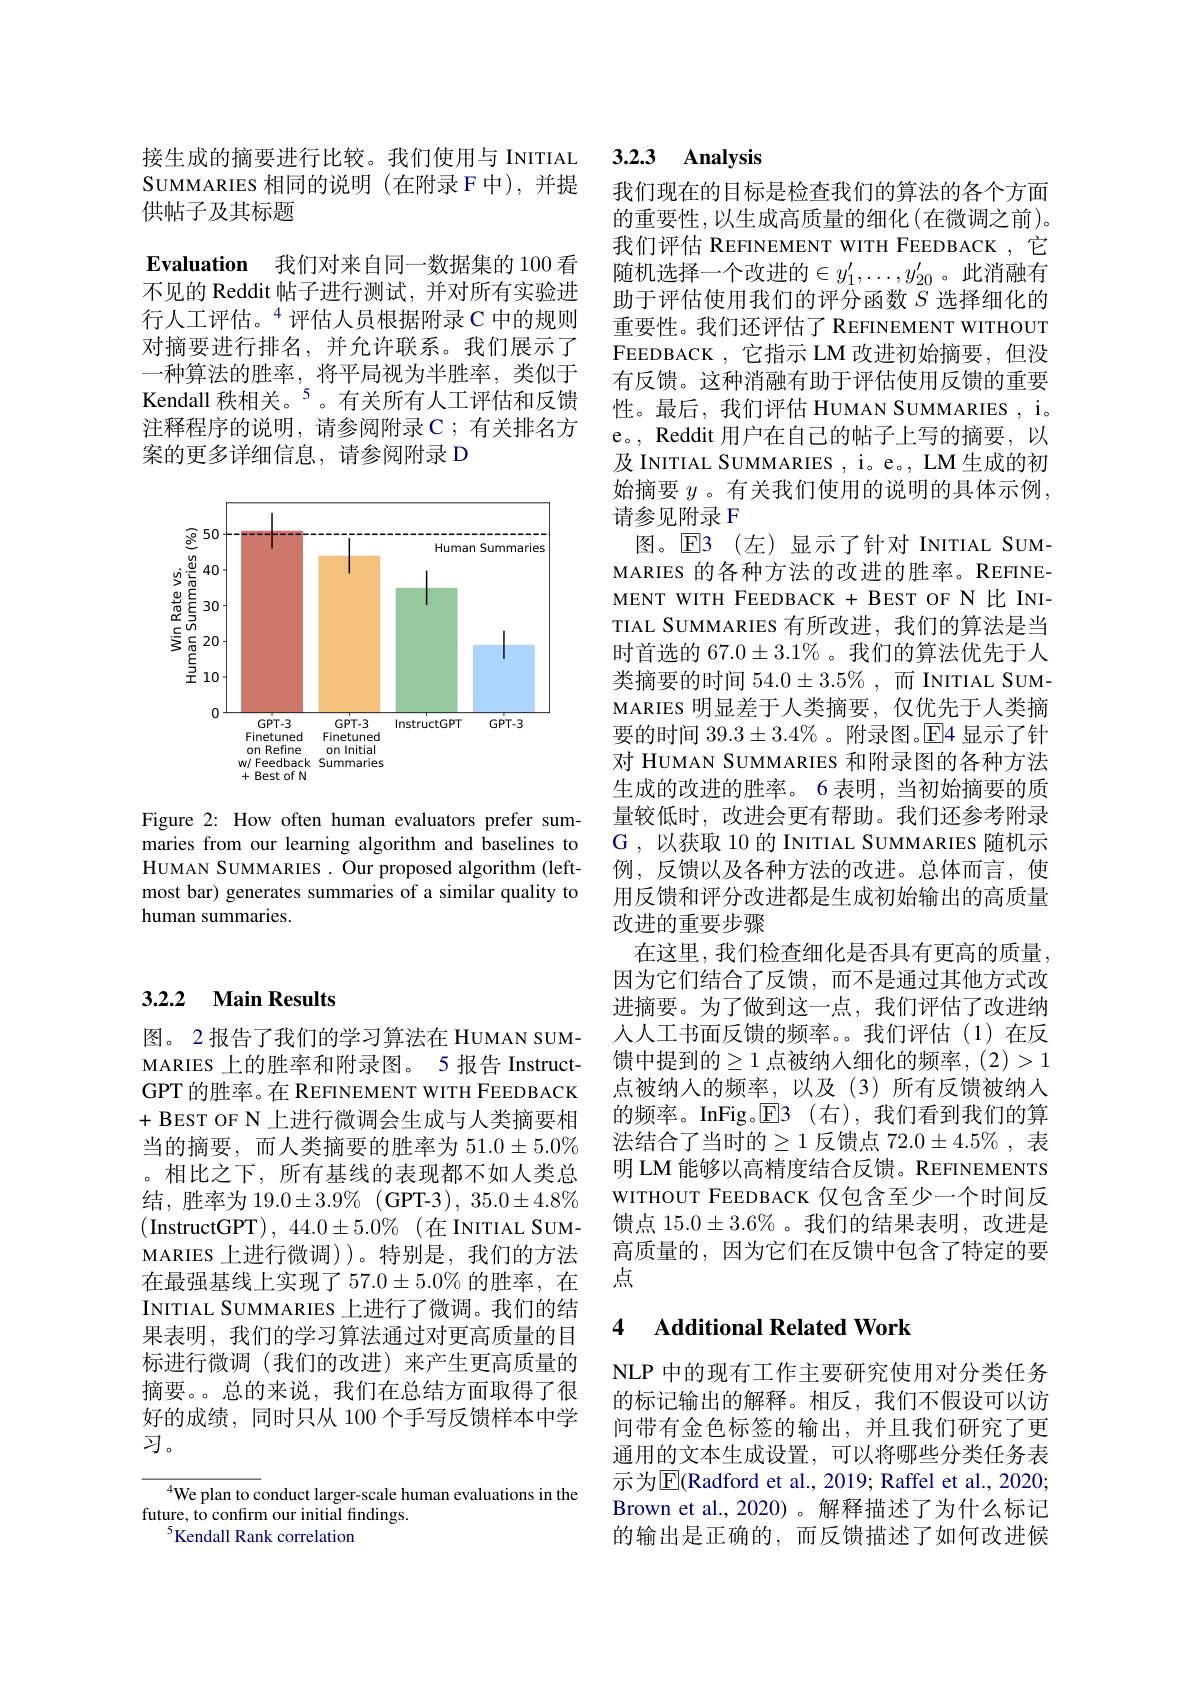
## 3.2.2 Main Results

图。2 报告了我们的学习算法在 HUMAN SUMMARIES 上的胜率和附录图。5 报告 InstructGPT 的胜率。在 REFINEMENT WITH FEEDBACK +BEST OF N 上进行微调会生成与人类摘要相当的摘要，而人类摘要的胜率为 5$1.0\pm5.0\%$ 。相比之下，所有基线的表现都不如人类总结，胜率为 19.0±3.9% ( GPT-3), 35.0±4.8% (InstructGPT),44.0±5.0%(在INITIAL SUMMARIES 上进行微调))。特别是，我们的方法在最强基线上实现了 57.0±5.0% 的胜率，在INITIAL SUMMARIES 上进行了微调。我们的结果表明，我们的学习算法通过对更高质量的目标进行微调(我们的改进)来产生更高质量的摘要。总的来说，我们在总结方面取得了很好的成绩，同时只从 100 个手写反馈样本中学习。

$^{4}$We plan to conduct larger-scale human evaluations in the
future, to confirm our initial findings.
$^{5}$Kendall Rank correlation

接生成的摘要进行比较。我们使用与 INITIAL SUMMARIES 相同的说明(在附录 F中),并提供帖子及其标题
Evaluation 我们对来自同一数据集的 100 看不见的 Reddit 帖子进行测试，并对所有实验进行人工评估。$^{4}$评估人员根据附录 C 中的规则对摘要进行排名，并允许联系。我们展示了一种算法的胜率，将平局视为半胜率，类似于Kendall 秩相关。$^{5}$。有关所有人工评估和反馈注释程序的说明，请参阅附录C；有关排名方案的更多详细信息，请参阅附录 D

<FigureHere>

Figure 2: How often human evaluators prefer summaries from our learning algorithm and baselines to HUMAN SUMMARIES . Our proposed algorithm (leftmost bar) generates summaries of a similar quality to human summaries.

# 3.2.3 Analysis

我们现在的目标是检查我们的算法的各个方面的重要性，以生成高质量的细化(在微调之前)。我们评估 REFINEMENT WITH FEEDBACK ,它随机选择一个改进的$\in y_1^{\prime},\ldots,y_{20}^{\prime}$。此消融有助于评估使用我们的评分函数$S$选择细化的重要性。我们还评估了 REFINEMENT WITHOUT FEEDBACK ,它指示 LM 改进初始摘要，但没有反馈。这种消融有助于评估使用反馈的重要性。最后，我们评估 HUMAN SUMMARIES , i。e。, Reddit 用户在自己的帖子上写的摘要，以及 INITIAL SUMMARIES , i。e。, LM 生成的初始摘要 $y$ 。有关我们使用的说明的具体示例， 请参见附录 F
图。E3 (左)显示了针对 INITIAL SUMMARIES 的各种方法的改进的胜率。REFINEMENT WITH FEEDBACK + BEST OF N 比 INITIAL SUMMARIES 有所改进，我们的算法是当时首选的 67.0$\pm3.1\%$ 。我们的算法优先于人类摘要的时间$54.0\pm3.5\%$,而 INITIAL SUMMARIES 明显差于人类摘要，仅优先于人类摘要的时间 39.3$\pm3.4\%$。附录图。$\mathbb{E}$4 显示了针对 HUMAN SUMMARIES 和附录图的各种方法生成的改进的胜率。6 表明，当初始摘要的质量较低时，改进会更有帮助。我们还参考附录G ,以获取 10 的 INITIAL SUMMARIES 随机示例，反馈以及各种方法的改进。总体而言，使用反馈和评分改进都是生成初始输出的高质量改进的重要步骤
在这里，我们检查细化是否具有更高的质量， 因为它们结合了反馈，而不是通过其他方式改进摘要。为了做到这一点，我们评估了改进纳人人工书面反馈的频率。。我们评估(1)在反馈中提到的$\geq1$ 点被纳入细化的频率，(2)>1点被纳入的频率，以及(3)所有反馈被纳人的频率。InFig。$\overline{\mathrm{E}}$3(右),我们看到我们的算法结合了当时的$\geq1$ 反馈点 72.0$\pm4.5\%$, 表明 LM 能够以高精度结合反馈。REFINEMENTS WITHOUT FEEDBACK 仅包含至少一个时间反馈点$15.0\pm3.6\%$。我们的结果表明，改进是高质量的，因为它们在反馈中包含了特定的要点

## 4 Additional Related Work

NLP 中的现有工作主要研究使用对分类任务的标记输出的解释。相反，我们不假设可以访问带有金色标签的输出，并且我们研究了更通用的文本生成设置，可以将哪些分类任务表示为$\overline{\mathrm{E}}($Radford et al.,2019; Raffel et al., 2020; Brown et al.,2020)。解释描述了为什么标记的输出是正确的，而反馈描述了如何改进候